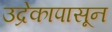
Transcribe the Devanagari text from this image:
उद्रेकापासून